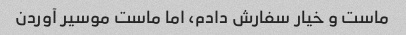
ماست و خیار سفارش دادم، اما ماست موسیر آوردن